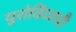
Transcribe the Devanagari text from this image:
युरोविंग्जची